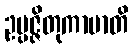
ဥပ္ပဇ္ဇိတုကာမာတိ